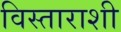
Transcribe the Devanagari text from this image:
विस्ताराशी